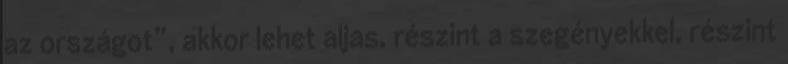
az országot”, akkor lehet aljas, részint a szegényekkel, részint